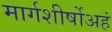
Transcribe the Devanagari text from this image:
मार्गशीर्षोअहं